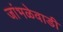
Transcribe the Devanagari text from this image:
जांभळेवाडी